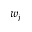
w _ { j }